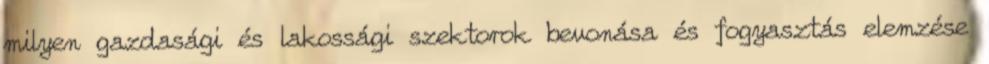
milyen gazdasági és lakossági szektorok bevonása és fogyasztás elemzése